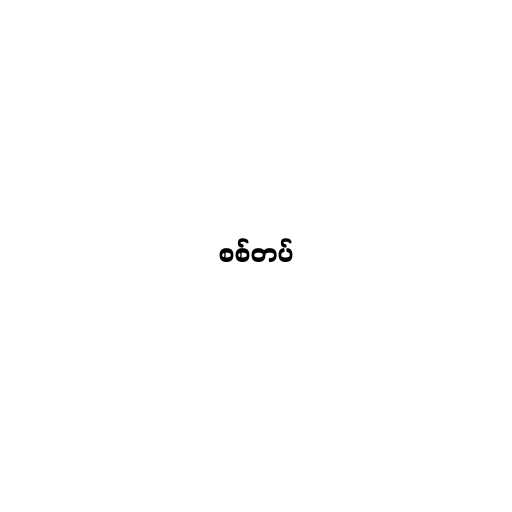
စစ်တပ်